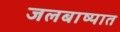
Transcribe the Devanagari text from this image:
जलबाष्पात